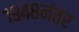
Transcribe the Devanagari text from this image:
१९४८नंतर